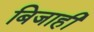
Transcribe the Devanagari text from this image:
बिजाही